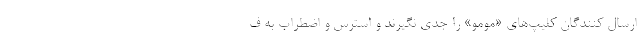
ارسال کنندگان کلیپ‌های «مومو» را جدی نگیرند و استرس و اضطراب به ف